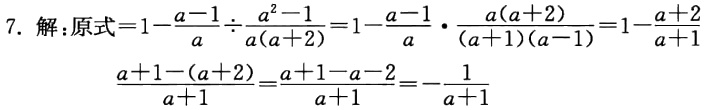
7. 解：原式\(=1 - \frac{a - 1}{a} \div \frac{a^2 - 1}{a(a + 2)} = 1 - \frac{a - 1}{a} \cdot \frac{a(a + 2)}{(a + 1)(a - 1)} = 1 - \frac{a + 2}{a + 1}\)
\(\frac{a + 1 - (a + 2)}{a + 1} = \frac{a + 1 - a - 2}{a + 1} = - \frac{1}{a + 1}\)